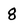
Character: 8